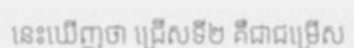
នេះឃើញថា ជ្រើសទី២ គឺជាជម្រើស